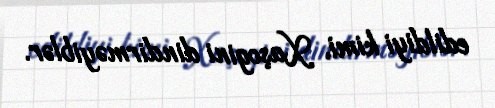
edildiyi kimi, Xaşogini dindirməyiblər.